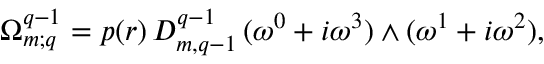
\Omega _ { m ; q } ^ { q - 1 } = p ( r ) \, D _ { m , q - 1 } ^ { q - 1 } \, ( \omega ^ { 0 } + i \omega ^ { 3 } ) \wedge ( \omega ^ { 1 } + i \omega ^ { 2 } ) ,